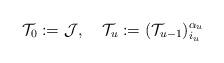
LaTeX: \begin{align*}\mathcal{T}_{0}:=\mathcal{J},\quad\mathcal{T}_{u}:=(\mathcal{T}_{u-1})_{i_{u}}^{\alpha_{u}} \end{align*}